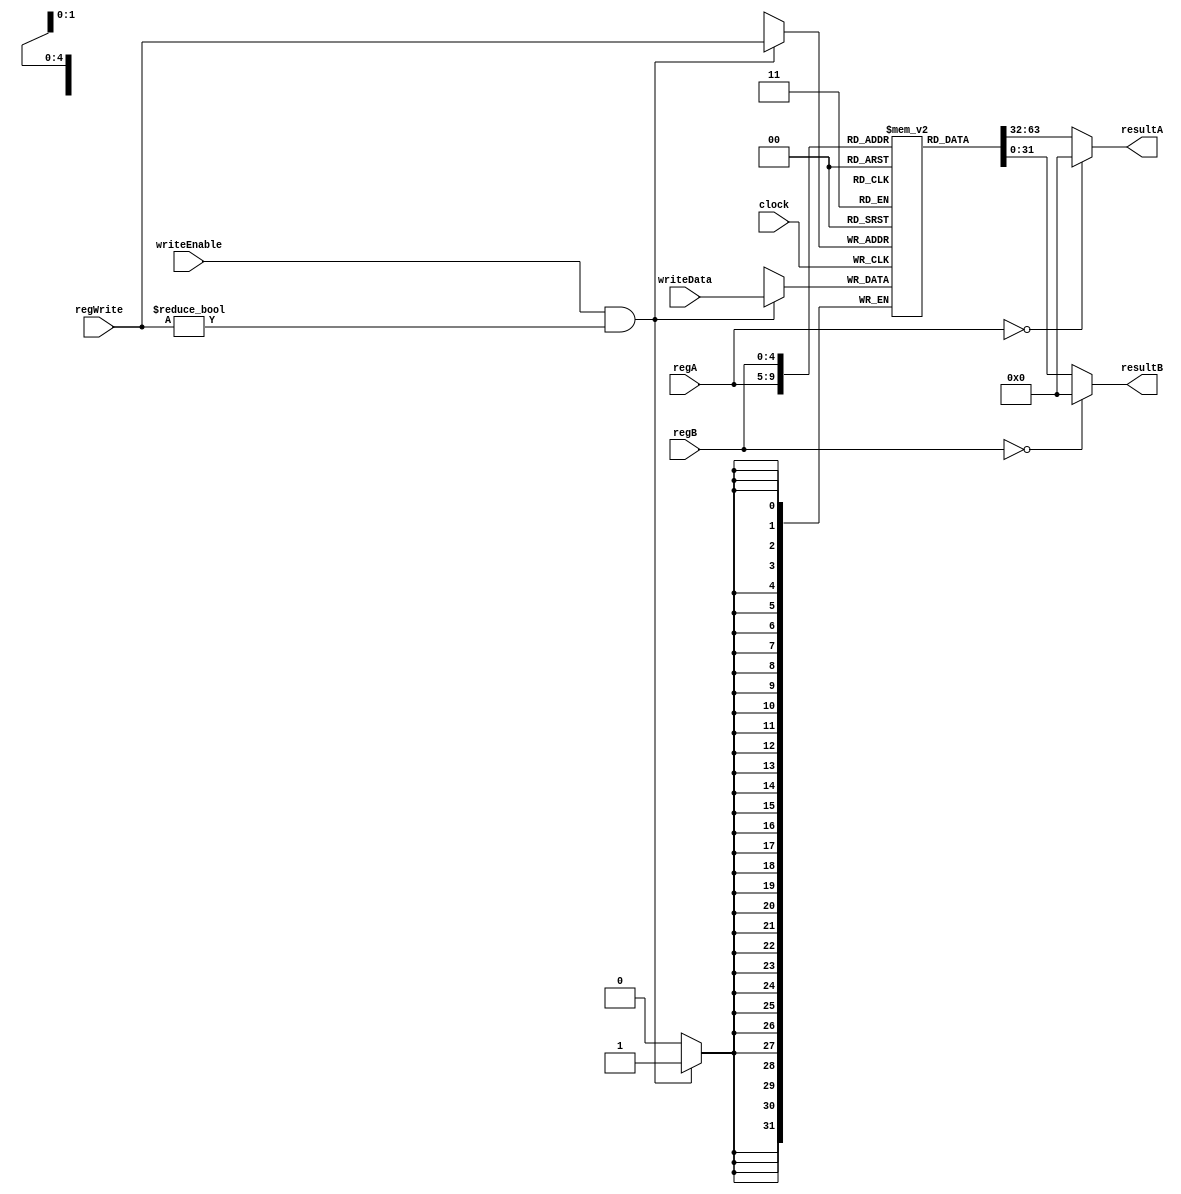
`timescale 10ns / 1ns
//////////////////////////////////////////////////////////////////////////////////
// Company: HUST
//
// Design Name:
// Module Name: Reg
// Project Name:
// Target Devices:
// Tool Versions:
// Description:
//
// Dependencies:
//
// Revision:
// Revision 0.01 - File Created
// Additional Comments:
//
//////////////////////////////////////////////////////////////////////////////////

// @brief MIPS cpu registers from 0 to 31

module Reg(
        input wire clock,
        input wire[31: 0] writeData,
        input wire writeEnable,
        input wire[4: 0] regWrite,
        input wire[4: 0] regA,
        input wire[4: 0] regB,
        output wire[31: 0] resultA,
        output wire[31: 0] resultB
    );

    reg[31: 0] regfile[31: 0];

    integer i;
    initial begin
        for(i = 0; i < 32; i = i + 1) begin
            regfile[i] = 0;
        end
    end

    always @ (posedge clock) begin
        if (writeEnable && regWrite != 0) begin
            regfile[regWrite] <= writeData;
        end
    end

    assign resultA = (regA == 0) ? 0 : regfile[regA];

    assign resultB = (regB == 0) ? 0 : regfile[regB];

endmodule